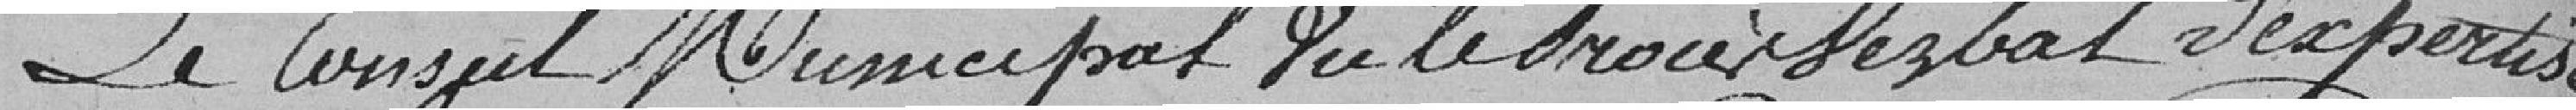
Le Conseil Municipal vu le Procès Verbal d'expertise